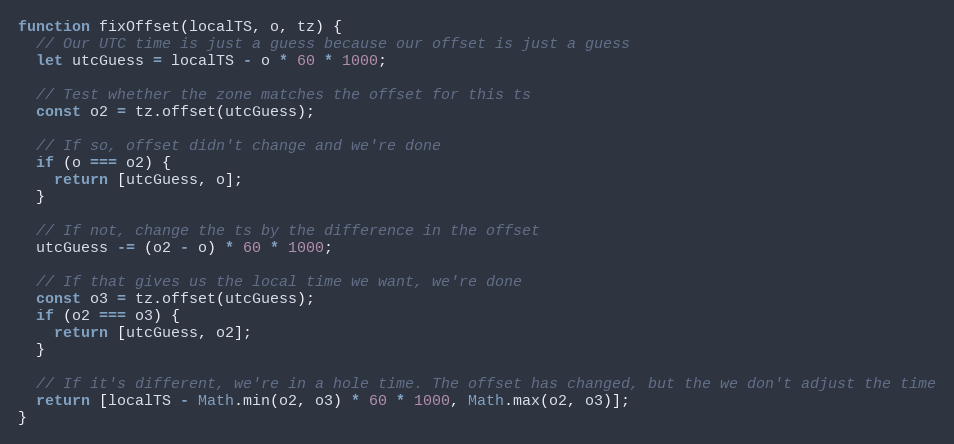
Language: JavaScript
function fixOffset(localTS, o, tz) {
  // Our UTC time is just a guess because our offset is just a guess
  let utcGuess = localTS - o * 60 * 1000;

  // Test whether the zone matches the offset for this ts
  const o2 = tz.offset(utcGuess);

  // If so, offset didn't change and we're done
  if (o === o2) {
    return [utcGuess, o];
  }

  // If not, change the ts by the difference in the offset
  utcGuess -= (o2 - o) * 60 * 1000;

  // If that gives us the local time we want, we're done
  const o3 = tz.offset(utcGuess);
  if (o2 === o3) {
    return [utcGuess, o2];
  }

  // If it's different, we're in a hole time. The offset has changed, but the we don't adjust the time
  return [localTS - Math.min(o2, o3) * 60 * 1000, Math.max(o2, o3)];
}